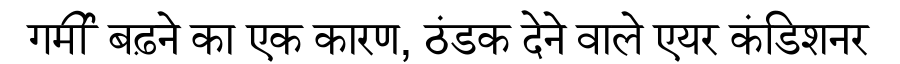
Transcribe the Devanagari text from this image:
गर्मी बढ़ने का एक कारण, ठंडक देने वाले एयर कंडिशनर